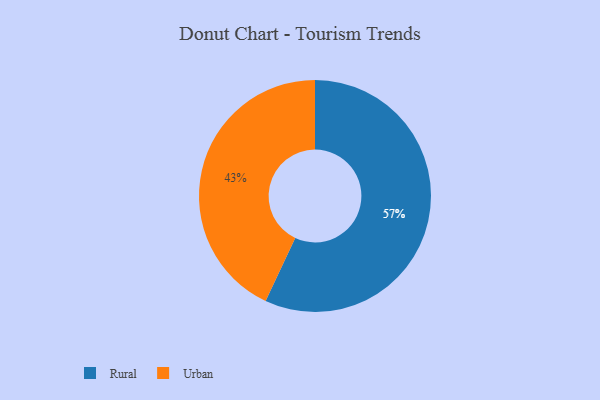
{"axis": {"x": "Category", "y": "Percentage"}, "legend": ["Rural", "Urban"], "data": [{"x": "Rural", "y": 57, "type": "Rural"}, {"x": "Urban", "y": 43, "type": "Urban"}]}